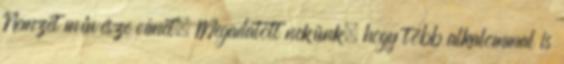
Nemzet művésze címet. Megadatott nekünk, hogy több alkalommal is